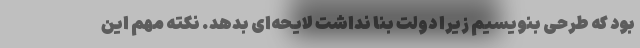
بود که طرحی بنویسیم زیرا دولت بنا نداشت لایحه‌ای بدهد. نکته مهم این